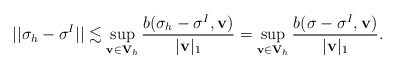
\begin{align*}||\mathbf\sigma_{h}-\mathbf\sigma^{I}||\lesssim \sup_{\mathbf v\in \mathbf V_{h}}\frac{b(\mathbf\sigma_{h}-\mathbf\sigma^{I},\mathbf v)}{|\mathbf v|_{1}}=\sup_{\mathbf v\in \mathbf V_{h}}\frac{b(\mathbf\sigma-\mathbf\sigma^{I},\mathbf v)}{|\mathbf v|_{1}}.\end{align*}